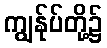
ကျွန်ုပ်တို့၌